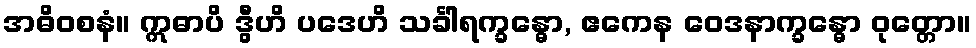
အဓိဝစနံ။ ဣဓာပိ ဒွီဟိ ပဒေဟိ သင်္ခါရက္ခန္ဓော, ဧကေန ဝေဒနာက္ခန္ဓော ဝုတ္တော။